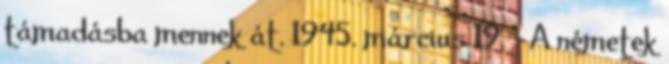
támadásba mennek át. 1945. március 19. – A németek